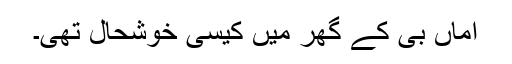
اماں بی کے گھر میں کیسی خوشحال تھی۔